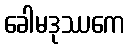
ခေါမဒုဿကေ